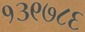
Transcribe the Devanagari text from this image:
१३९७८६